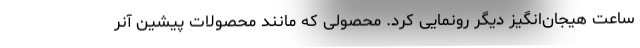
ساعت هیجان‌انگیز دیگر رونمایی کرد. محصولی که مانند محصولات پیشین آنر